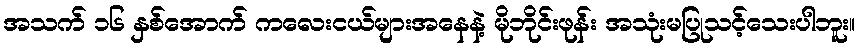
အသက် ၁၆ နှစ်အောက် ကလေးငယ်များအနေနဲ့ မိုဘိုင်းဖုန်း အသုံးမပြုသင့်သေးပါဘူး။